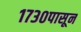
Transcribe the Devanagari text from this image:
१७३०पासून